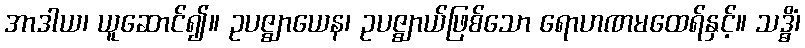
အာဒါယ၊ ယူဆောင်၍။ ဥပဇ္ဈာယေန၊ ဥပဇ္ဈာယ်ဖြစ်သော ရောဟဏမထေရ်နှင့်။ သဒ္ဓိံ၊